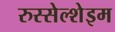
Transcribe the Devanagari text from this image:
रुस्सेल्शेइम